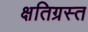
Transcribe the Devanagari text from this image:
क्षतिग्रस्‍त